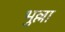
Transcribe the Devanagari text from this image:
भुल्ला